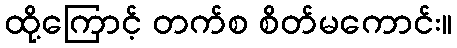
ထို့ကြောင့် တက်စ စိတ်မကောင်း။